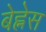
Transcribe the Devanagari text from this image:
बेह्नेस